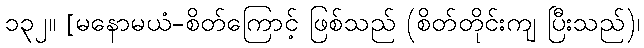
၁၃၂။ [မနောမယံ-စိတ်ကြောင့် ဖြစ်သည် (စိတ်တိုင်းကျ ပြီးသည်)၊